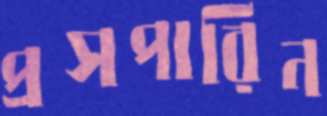
প্রসপারিন